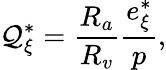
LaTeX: \mathcal{Q}_{\xi}^{*}=\frac{{R_{a}}}{{R_{v}}}\frac{{e_{\xi}^{*}}}{{p}},